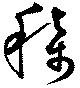
称